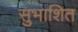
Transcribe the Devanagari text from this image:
सुभाशित